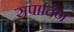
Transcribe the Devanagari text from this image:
संपादिन